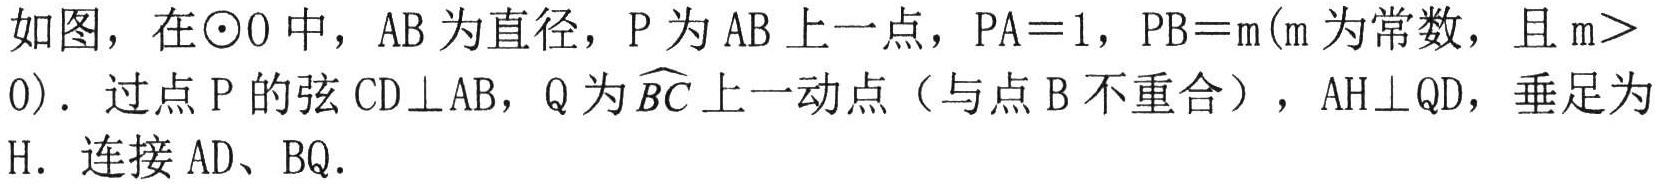
如图，在$\odot O$中，$AB$为直径，$P$为$AB$上一点，$PA = 1$，$PB = m$($m$为常数，且$m>0$)．过点$P$的弦$CD\perp AB$，$Q$为$\overset{\frown}{BC}$上一动点（与点$B$不重合），$AH\perp QD$，垂足为$H$．连接$AD$、$BQ$．